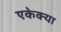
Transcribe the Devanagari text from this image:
एकेक्या